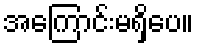
အကြောင်းမရှိပေ။